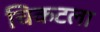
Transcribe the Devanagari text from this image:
चिकटला